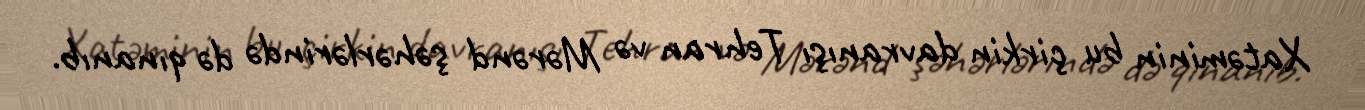
Xatəminin bu çirkin davranışı Tehran və Mərənd şəhərlərində də qınanıb.